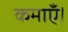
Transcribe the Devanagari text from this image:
कमाएँ।